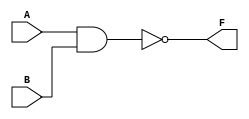
module my_NAND(A, B, F);
input A, B;
output F;
nand G(F, A, B); // first parameter must be output.
endmodule